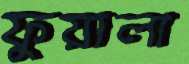
ফুয়ালা